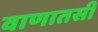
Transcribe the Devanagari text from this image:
वाणातसी